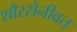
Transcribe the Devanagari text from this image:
शौरसेनीवत्